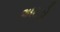
અટડો